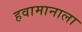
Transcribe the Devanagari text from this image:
हवामानाला